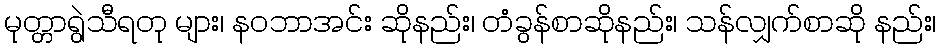
မုတ္တာရွဲသီရတု များ၊ နဝဘာအင်း ဆိုနည်း၊ တံခွန်စာဆိုနည်း၊ သန်လျှက်စာဆို နည်း၊